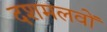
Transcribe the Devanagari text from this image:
दशमलवों